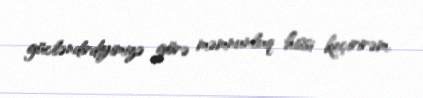
gücləndirdiyimizə görə məmnunluq hissi keçirirəm.